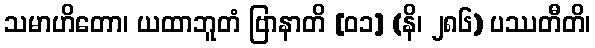
သမာဟိတော၊ ယထာဘူတံ ဗြာနာတိ [၀၁] (နိ၊ ၂၈၆) ပဿတီတိ၊